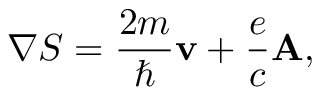
\nabla S = \frac { 2 m } { \hbar } { \bf v } + \frac { e } { c } { \bf A } ,